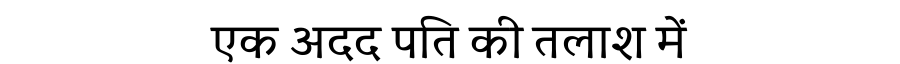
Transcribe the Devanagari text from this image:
एक अदद पति की तलाश में